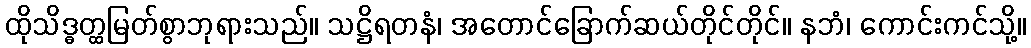
ထိုသိဒ္ဓတ္ထမြတ်စွာဘုရားသည်။ သဋ္ဌိရတနံ၊ အတောင်ခြောက်ဆယ်တိုင်တိုင်။ နဘံ၊ ကောင်းကင်သို့။